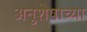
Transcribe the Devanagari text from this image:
अनुशेषाच्या